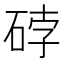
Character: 𰦼